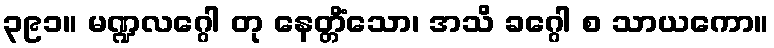
၃၉၁။ မဏ္ဍလဂ္ဂေါ တု နေတ္တိံသော၊ အသိ ခဂ္ဂေါ စ သာယကော။